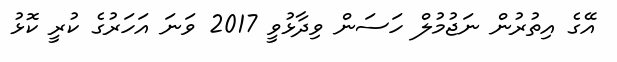
އޭގެ އިތުރުން ނަޖުމުލް ހަސަން ވިދާޅުވީ 2017 ވަނަ އަހަރުގެ ކުރީ ކޮޅު